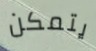
يتمكن